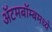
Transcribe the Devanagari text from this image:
अॅटमबॉम्बमध्ये